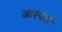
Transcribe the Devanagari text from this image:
जास्पर्स